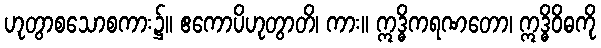
ဟုတွာစသောစကား၌။ ဧကောပိဟုတွာတိ၊ ကား။ ဣဒ္ဓိကရဏတော၊ ဣဒ္ဓိဝိဓကို